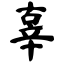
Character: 辜